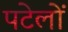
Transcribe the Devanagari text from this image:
पटेलों